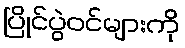
ပြိုင်ပွဲဝင်များကို